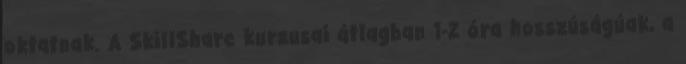
oktatnak. A SkillShare kurzusai átlagban 1-2 óra hosszúságúak, a